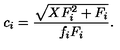
c _ { i } = \frac { \sqrt { X F _ { i } ^ { 2 } + F _ { i } } } { f _ { i } F _ { i } } .